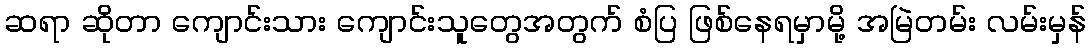
ဆရာ ဆိုတာ ကျောင်းသား ကျောင်းသူတွေအတွက် စံပြ ဖြစ်နေရမှာမို့ အမြဲတမ်း လမ်းမှန်